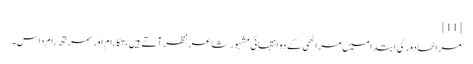
[11]
مراٹھا دور کی ابتدا میں مراٹھی کے دو انتہائی مشہور شاعر نظر آتے ہیں، تکارام اور سمرتھ رام داس۔